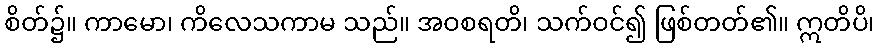
စိတ်၌။ ကာမော၊ ကိလေသကာမ သည်။ အဝစရတိ၊ သက်ဝင်၍ ဖြစ်တတ်၏။ ဣတိပိ၊